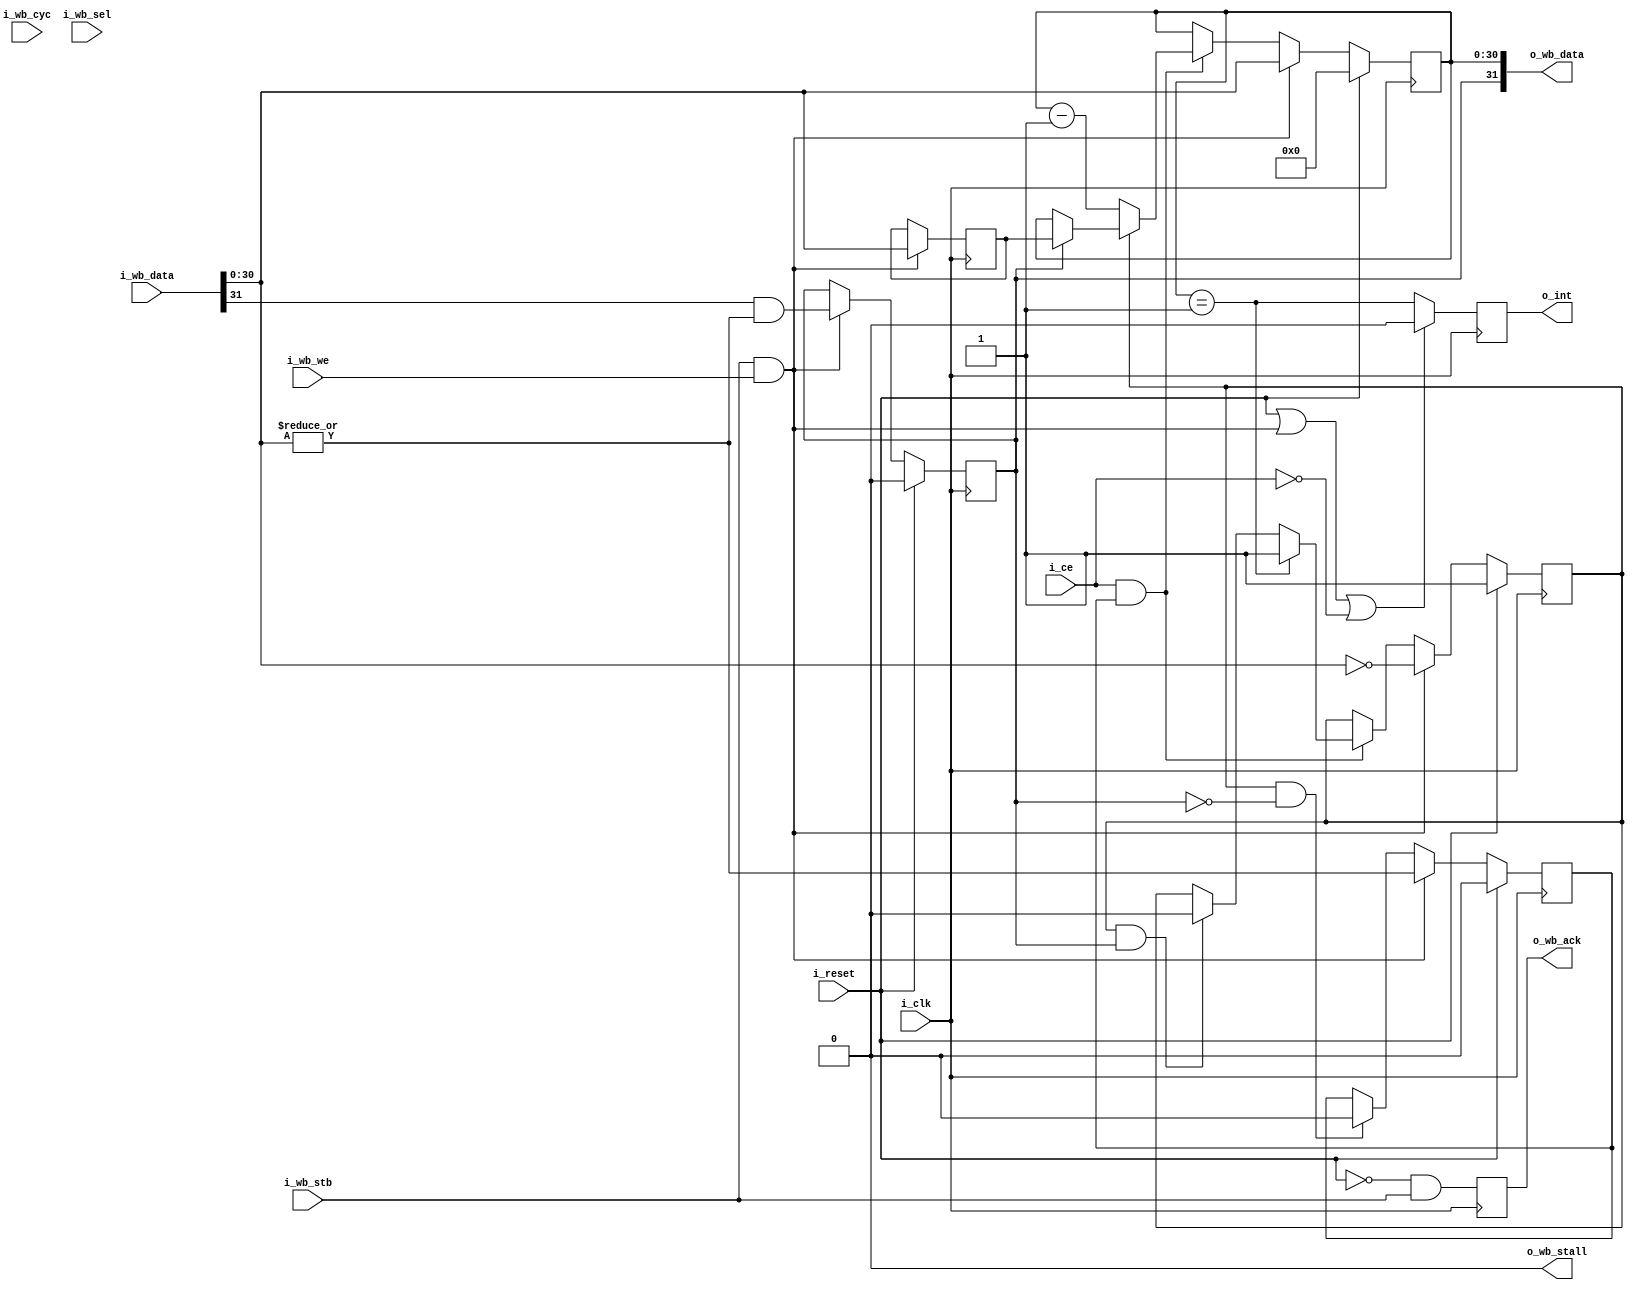
////////////////////////////////////////////////////////////////////////////////
//
//
// Project:	Zip CPU -- a small, lightweight, RISC CPU soft core
//
// Purpose:	A lighter weight implementation of the Zip Timer.
//
// Interface:
//	Two options:
//	1. One combined register for both control and value, and ...
//		The reload value is set any time the timer data value is "set".
//		Reading the register returns the timer value.  Controls are
//		set so that writing a value to the timer automatically starts
//		it counting down.
//	2. Two registers, one for control one for value.
//		The control register would have the reload value in it.
//	On the clock when the interface is set to zero the interrupt is set.
//		Hence setting the timer to zero will disable the timer without
//		setting any interrupts.  Thus setting it to five will count
//		5 clocks: 5, 4, 3, 2, 1, Interrupt.
//
//
//	Control bits:
//		(Start_n/Stop.  This bit has been dropped.  Writing to this
//			timer any value but zero starts it.  Writing a zero
//			clears and stops it.)
//		AutoReload.  If set, then on reset the timer automatically
//			loads the last set value and starts over.  This is
//			useful for distinguishing between a one-time interrupt
//			timer, and a repetitive interval timer.
//		(INTEN.  Interrupt enable--reaching zero always creates an
//			interrupt, so this control bit isn't needed.  The
//			interrupt controller can be used to mask the interrupt.)
//		(COUNT-DOWN/UP: This timer is *only* a count-down timer.
//			There is no means of setting it to count up.)
//	WatchDog
//		This timer can be implemented as a watchdog timer simply by
//		connecting the interrupt line to the reset line of the CPU.
//		When the timer then expires, it will trigger a CPU reset.
//
//
// Creator:	Dan Gisselquist, Ph.D.
//		Gisselquist Technology, LLC
//
////////////////////////////////////////////////////////////////////////////////
//
// Copyright (C) 2015,2017-2020, Gisselquist Technology, LLC
//
// This program is free software (firmware): you can redistribute it and/or
// modify it under the terms of  the GNU General Public License as published
// by the Free Software Foundation, either version 3 of the License, or (at
// your option) any later version.
//
// This program is distributed in the hope that it will be useful, but WITHOUT
// ANY WARRANTY; without even the implied warranty of MERCHANTIBILITY or
// FITNESS FOR A PARTICULAR PURPOSE.  See the GNU General Public License
// for more details.
//
// You should have received a copy of the GNU General Public License along
// with this program.  (It's in the $(ROOT)/doc directory.  Run make with no
// target there if the PDF file isn't present.)  If not, see
// <http://www.gnu.org/licenses/> for a copy.
//
// License:	GPL, v3, as defined and found on www.gnu.org,
//		http://www.gnu.org/licenses/gpl.html
//
//
////////////////////////////////////////////////////////////////////////////////
//
//
`default_nettype	none
//
module	ziptimer(i_clk, i_reset, i_ce,
		i_wb_cyc, i_wb_stb, i_wb_we, i_wb_data, i_wb_sel,
			o_wb_stall, o_wb_ack, o_wb_data,
		o_int);
	parameter	BW = 32, VW = (BW-1), RELOADABLE=1;
	input	wire			i_clk, i_reset, i_ce;
	// Wishbone inputs
	input	wire			i_wb_cyc, i_wb_stb, i_wb_we;
	input	wire [(BW-1):0]		i_wb_data;
	input	wire [(BW/8-1):0]	i_wb_sel;
	// Wishbone outputs
	output	wire			o_wb_stall;
	output	reg			o_wb_ack;
	output	wire	[(BW-1):0]	o_wb_data;
	// Interrupt line
	output	reg		o_int;

	reg			r_running;
	reg			r_zero  = 1'b1;
	reg	[(VW-1):0]	r_value;

	wire	wb_write;
	assign	wb_write = ((i_wb_stb)&&(i_wb_we));

	wire			auto_reload;
	wire	[(VW-1):0]	interval_count;

	initial	r_running = 1'b0;
	always @(posedge i_clk)
		if (i_reset)
			r_running <= 1'b0;
		else if (wb_write)
			r_running <= (|i_wb_data[(VW-1):0]);
		else if ((r_zero)&&(!auto_reload))
			r_running <= 1'b0;

	generate
	if (RELOADABLE != 0)
	begin
		reg			r_auto_reload;
		reg	[(VW-1):0]	r_interval_count;

		initial	r_auto_reload = 1'b0;

		always @(posedge i_clk)
			if (i_reset)
				r_auto_reload <= 1'b0;
			else if (wb_write)
				r_auto_reload <= (i_wb_data[(BW-1)])
					&&(|i_wb_data[(VW-1):0]);

		assign	auto_reload = r_auto_reload;

		// If setting auto-reload mode, and the value to other
		// than zero, set the auto-reload value
		always @(posedge i_clk)
		if (wb_write)
			r_interval_count <= i_wb_data[(VW-1):0];
		assign	interval_count = r_interval_count;
	end else begin
		assign	auto_reload = 1'b0;
		assign	interval_count = 0;
	end endgenerate


	initial	r_value = 0;
	always @(posedge i_clk)
		if (i_reset)
			r_value <= 0;
		else if (wb_write)
			r_value <= i_wb_data[(VW-1):0];
		else if ((i_ce)&&(r_running))
		begin
			if (!r_zero)
				r_value <= r_value - 1'b1;
			else if (auto_reload)
				r_value <= interval_count;
		end

	always @(posedge i_clk)
		if (i_reset)
			r_zero <= 1'b1;
		else if (wb_write)
			r_zero <= (i_wb_data[(VW-1):0] == 0);
		else if ((r_running)&&(i_ce))
		begin
			if (r_value == { {(VW-1){1'b0}}, 1'b1 })
				r_zero <= 1'b1;
			else if ((r_zero)&&(auto_reload))
				r_zero <= 1'b0;
		end

	// Set the interrupt on our last tick, as we transition from one to
	// zero.
	initial	o_int   = 1'b0;
	always @(posedge i_clk)
		if ((i_reset)||(wb_write)||(!i_ce))
			o_int <= 1'b0;
		else // if (i_ce)
			o_int <= (r_value == { {(VW-1){1'b0}}, 1'b1 });

	initial	o_wb_ack = 1'b0;
	always @(posedge i_clk)
		o_wb_ack <= (!i_reset)&&(i_wb_stb);
	assign	o_wb_stall = 1'b0;

	generate
	if (VW < BW-1)
		assign	o_wb_data = { auto_reload, {(BW-1-VW){1'b0}}, r_value };
	else
		assign	o_wb_data = { auto_reload, r_value };
	endgenerate

	// Make verilator happy
	// verilator lint_off UNUSED
	wire	unused;
	assign	unused = &{ 1'b0, i_wb_cyc, i_wb_data, i_wb_sel };
	// verilator lint_on  UNUSED

`ifdef	FORMAL
// The formal properties for this module are maintained elsewhere
`endif
endmodule